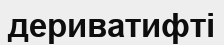
дериватифті